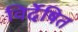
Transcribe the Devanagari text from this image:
विर्देषित